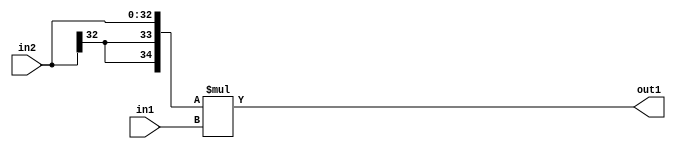
`timescale 1ps / 1ps
/*****************************************************************************
    Verilog RTL Description
    
    
    Created by: Stratus DpOpt 21.05.01 
*******************************************************************************/

module SobelFilter_Mul_33Sx32U_35S_1 (
	in2,
	in1,
	out1
	); /* architecture "behavioural" */ 
input [32:0] in2;
input [31:0] in1;
output [34:0] out1;
wire [34:0] asc001;

assign asc001 = 
	+({{2{in2[32]}}, in2} * in1);

assign out1 = asc001;
endmodule

/* CADENCE  ubL3SwA= : u9/ySxbfrwZIxEzHVQQV8Q== ** DO NOT EDIT THIS LINE ******/